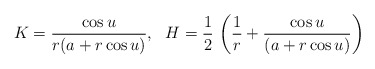
\begin{align*}K =\frac{\cos u}{r(a + r \cos u)},~~ H =\frac{1}{2}\, \left(\frac{1}{r}+\frac{\cos u}{(a + r \cos u)}\right)\end{align*}